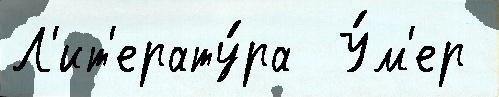
Л'ит'ерату́ра  У́м'ер